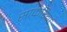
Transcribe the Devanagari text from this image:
साकरिया